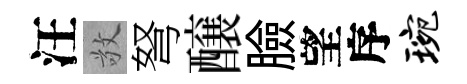
汪敬弩醸臉望序琬